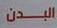
البدن